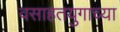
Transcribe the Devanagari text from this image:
वसाहतयुगाच्या